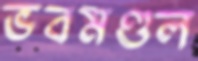
ভবমণ্ডল